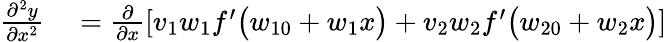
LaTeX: \begin{array}{rl}{\frac{\partial^{2}y}{\partial x^{2}}}&{{}=\frac{\partial}{\partial x}\left[v_{1}w_{1}f^{\prime}\big(w_{10}+w_{1}x\big)+v_{2}w_{2}f^{\prime}\big(w_{20}+w_{2}x\big)\right]}\end{array}